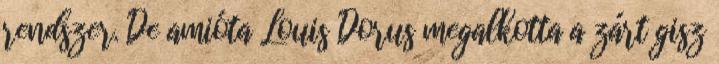
rendszer. De amióta Louis Dorus megalkotta a zárt gisz